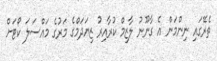
ތެރޭގައި ނިންމަން އެ ގާނޫނު ލާޒިމް ކުރާއިރު ޒިޔަދަމްގެ މަރުގެ މައްސަލަ ކޯޓަށް